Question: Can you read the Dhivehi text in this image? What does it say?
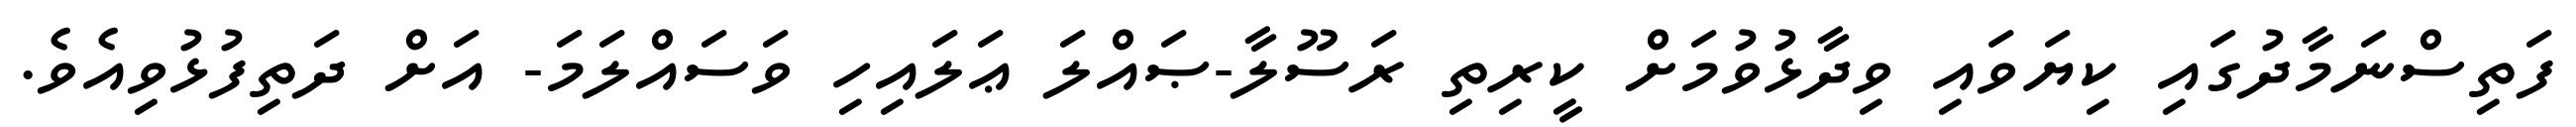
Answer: ފަތިސްނަމާދުގައި ކިޔަވައި ވިދާޅުވުމަށް ކީރިތި ރަސޫލާ-ޞައްލަ ޢަލައިހި ވަސައްލަމަ- އަށް ދަތިފުޅުވިއެވެ.